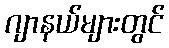
ဂျာနယ်များတွင်